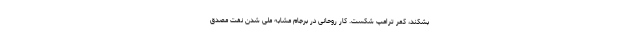
بشکند، کمر ترامپ شکست. کار روحانی در برجام مشابه ملی شدن نفت مصدق